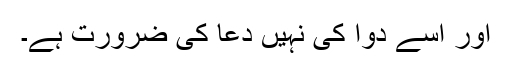
اور اسے دوا کی نہیں دعا کی ضرورت ہے۔